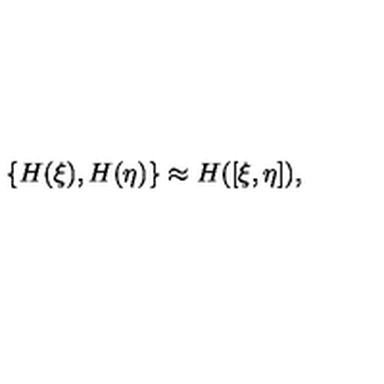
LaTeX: \{ H ( \xi ) , H ( \eta ) \} \approx H ( [ \xi , \eta ] ) ,